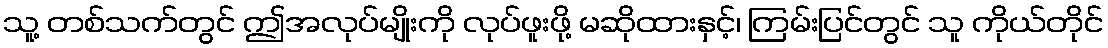
သူ့ တစ်သက်တွင် ဤအလုပ်မျိုးကို လုပ်ဖူးဖို့ မဆိုထားနှင့်၊ ကြမ်းပြင်တွင် သူ ကိုယ်တိုင်